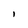
Character: I